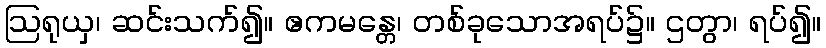
ဩရုယှ၊ ဆင်းသက်၍။ ဧကမန္တေ၊ တစ်ခုသောအရပ်၌။ ဌတွာ၊ ရပ်၍။